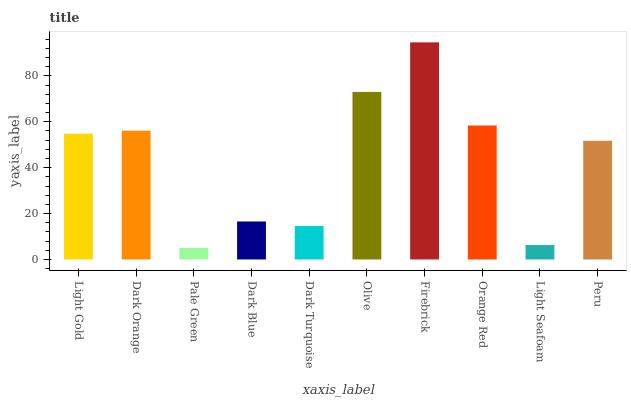
| xaxis_label | bars |
 | --- | --- |
 | Light Gold | 54.8 |
 | Dark Orange | 56.1 |
 | Pale Green | 5 |
 | Dark Blue | 16.6 |
 | Dark Turquoise | 14.6 |
 | Olive | 73 |
 | Firebrick | 94.6 |
 | Orange Red | 58.4 |
 | Light Seafoam | 6.28 |
 | Peru | 51.7 |